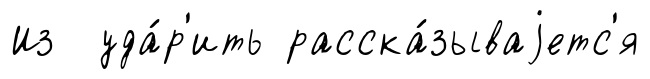
Из уда́р'ить расска́зываjетс'я